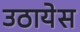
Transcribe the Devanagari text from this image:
उठायेस